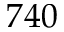
7 4 0